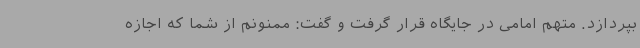
بپردازد. متهم امامی در جایگاه قرار گرفت و گفت: ممنونم از شما که اجازه